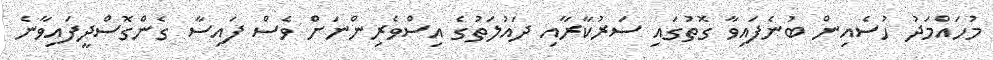
މުހައްމަދު ހުސެއިން ބުނެފައިވާ ގޮތުގައި ސަރުކާރާއި ދައުލަތުގެ އިސްވެރިންނަށް ވެސް ފައިސާ ގެންގޮސްދީފައިވާނެ